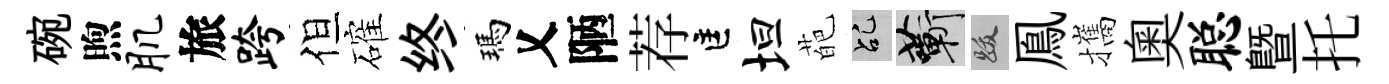
碗煦肌旅跨但確终瑪乂陋荐匡坦葩乩蔪跋鳯攜奥聪暨托